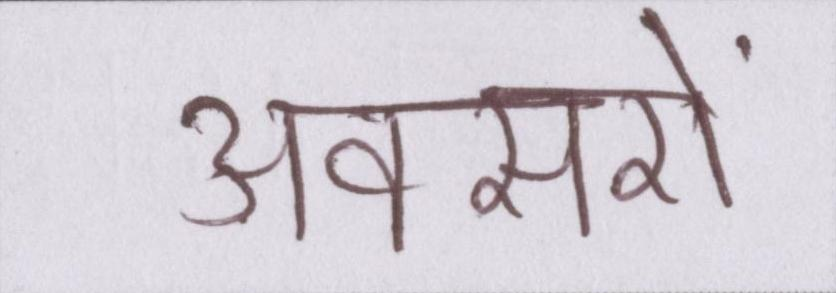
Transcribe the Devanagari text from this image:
अवसरों